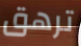
ترهق